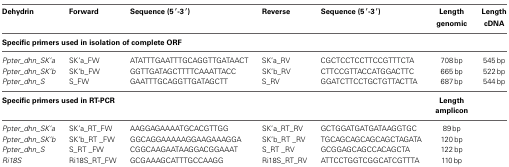
<table><thead><tr><td><b>Dehydrin</b></td><td><b>Forward</b></td><td><b>Sequence (5 ′-3 ′)</b></td><td><b>Reverse</b></td><td><b>Sequence (5 ′-3 ′)</b></td><td><b>Length genomic</b></td><td><b>Length cDNA</b></td></tr></thead><tbody><tr><td colspan="7"><b>Specific primers used in isolation of complete ORF</b></td></tr><tr><td><i>Ppter_dhn_SK′a</i></td><td>SK′a_FW</td><td>ATATTTGAATTTGCAGGTTGATAACT</td><td>SK′a_RV</td><td>CGCTCCTCCTTCCGTTTCTA</td><td>708 bp</td><td>545 bp</td></tr><tr><td><i>Ppter_dhn_SK′b</i></td><td>SK′b_FW</td><td>GGTTGATAGCTTTTCAAATTACC</td><td>SK′b_RV</td><td>CTTCCGTTACCATGGACTTC</td><td>665 bp</td><td>522 bp</td></tr><tr><td><i>Ppter_dhn_S</i></td><td>S_FW</td><td>GAATTTGCAGGTTGATAGCTT</td><td>S_RV</td><td>GGATCTTCCTGCTGTTACTTA</td><td>687 bp</td><td>544 bp</td></tr><tr><td colspan="5"><b>Specific primers used in RT-PCR</b></td><td><b>Length amplicon</b></td><td></td></tr><tr><td><i>Ppter_dhn_SK′a</i></td><td>SK′a_RT_FW</td><td>AAGGAGAAAATGCACGTTGG</td><td>SK′a_RT_RV</td><td>GCTGGATGATGATAAGGTGC</td><td>89 bp</td><td></td></tr><tr><td><i>Ppter_dhn_SK′b</i></td><td>SK′b_RT _FW</td><td>GGCAGGAAAAAGGAAGAAAGGA</td><td>SK′b_RT _RV</td><td>TGCAGCAGCAGCAGCTAGATA</td><td>120 bp</td><td></td></tr><tr><td><i>Ppter_dhn_S</i></td><td>S_RT _FW</td><td>CGGCAAGAATAAGGACGGAAAT</td><td>S_RT _RV</td><td>GCGGAGCAGCCACAGCTA</td><td>122 bp</td><td></td></tr><tr><td><i>Ri18S</i></td><td>Ri18S_RT_FW</td><td>GCGAAAGCATTTGCCAAGG</td><td>Ri18S_RT_RV</td><td>ATTCCTGGTCGGCATCGTTTA</td><td>110 bp</td><td></td></tr></tbody></table>